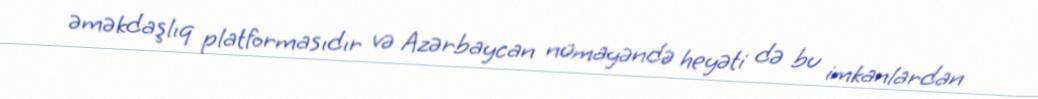
əməkdaşlıq platformasıdır və Azərbaycan nümayəndə heyəti də bu imkanlardan